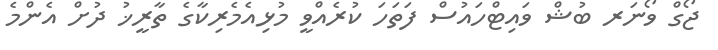
ޖޯގް ވޯނަރ ބުޝް ވައިޓްހައުސް ފަތަހަ ކުރެއްވީ މުޅިއެމެރިކާގެ ތާރީޚު ދުށް އެންމެ